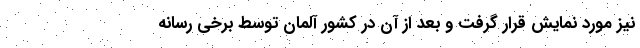
نیز مورد نمایش قرار گرفت و بعد از آن در کشور آلمان توسط برخی رسانه